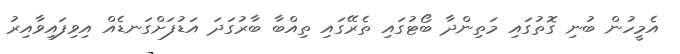
އެމީހުން ބުނި ގޮތުގައި މަތިންދާ ބޯޓުގައި ތެރޭގައި ތިއްބާ ބާރުގަދަ އަޑުފަށްގަނޑެއް އިވިފައިވާއިރު